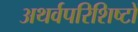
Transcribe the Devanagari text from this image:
अथर्वपरिशिष्टों